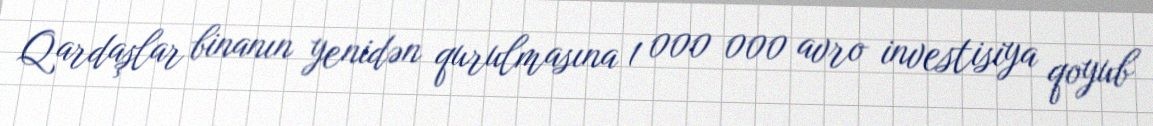
Qardaşlar binanın yenidən qurulmasına 1 000 000 avro investisiya qoyub